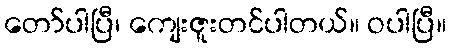
တော်ပါပြီ၊ ကျေးဇူးတင်ပါတယ်။ ဝပါပြီ။